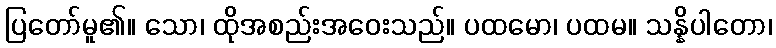
ပြတော်မူ၏။ သော၊ ထိုအစည်းအဝေးသည်။ ပထမော၊ ပထမ။ သန္နိပါတော၊